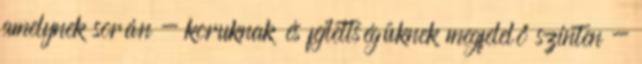
amelynek során - koruknak és fejlettségüknek megfelelő szinten -